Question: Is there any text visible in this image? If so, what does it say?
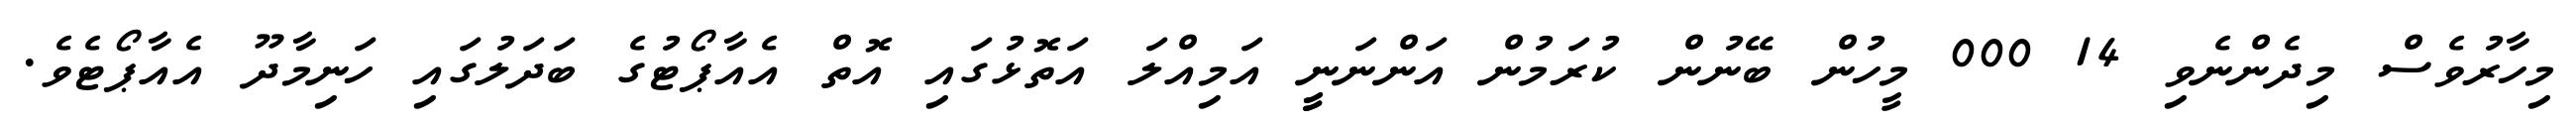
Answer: މިހާރުވެސް މިދެންނެވި 14 000 މީހުން ބޭނުން ކުރަމުން އަންނަނީީ އަމިއްލަ އަތޮޅުގައި އޮތް އެއާޕޯޓުގެ ބަދަލުގައި ހަނިމާދޫ އެއާޕޯޓެވެ.